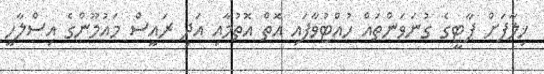
ޚިލާފަށް ޕާޓީގެ ގުނަވަންތައް ހުއްޓުވާފައި އޮތް އޮތުމާއި އަދި ރައީސް މައުމޫންގެ އިސްލާހީ